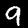
Label: 9